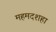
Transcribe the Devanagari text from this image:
महमदशहा